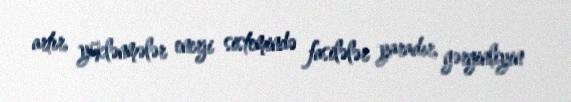
artır, yüklənmələr enerji sistemində fasilələr yaradır, gərginliyin